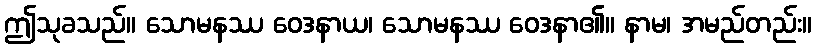
ဤသုခသည်။ သောမနဿ ဝေဒနာယ၊ သောမနဿ ဝေဒနာ၏။ နာမ၊ အမည်တည်း။